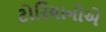
ટોરિયાનોએ